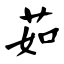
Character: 茹